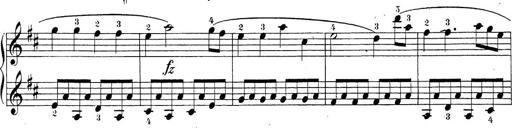
Title: Sonatina Album
Composer: Louis KÃ¶hler